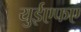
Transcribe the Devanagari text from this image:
युईएफए